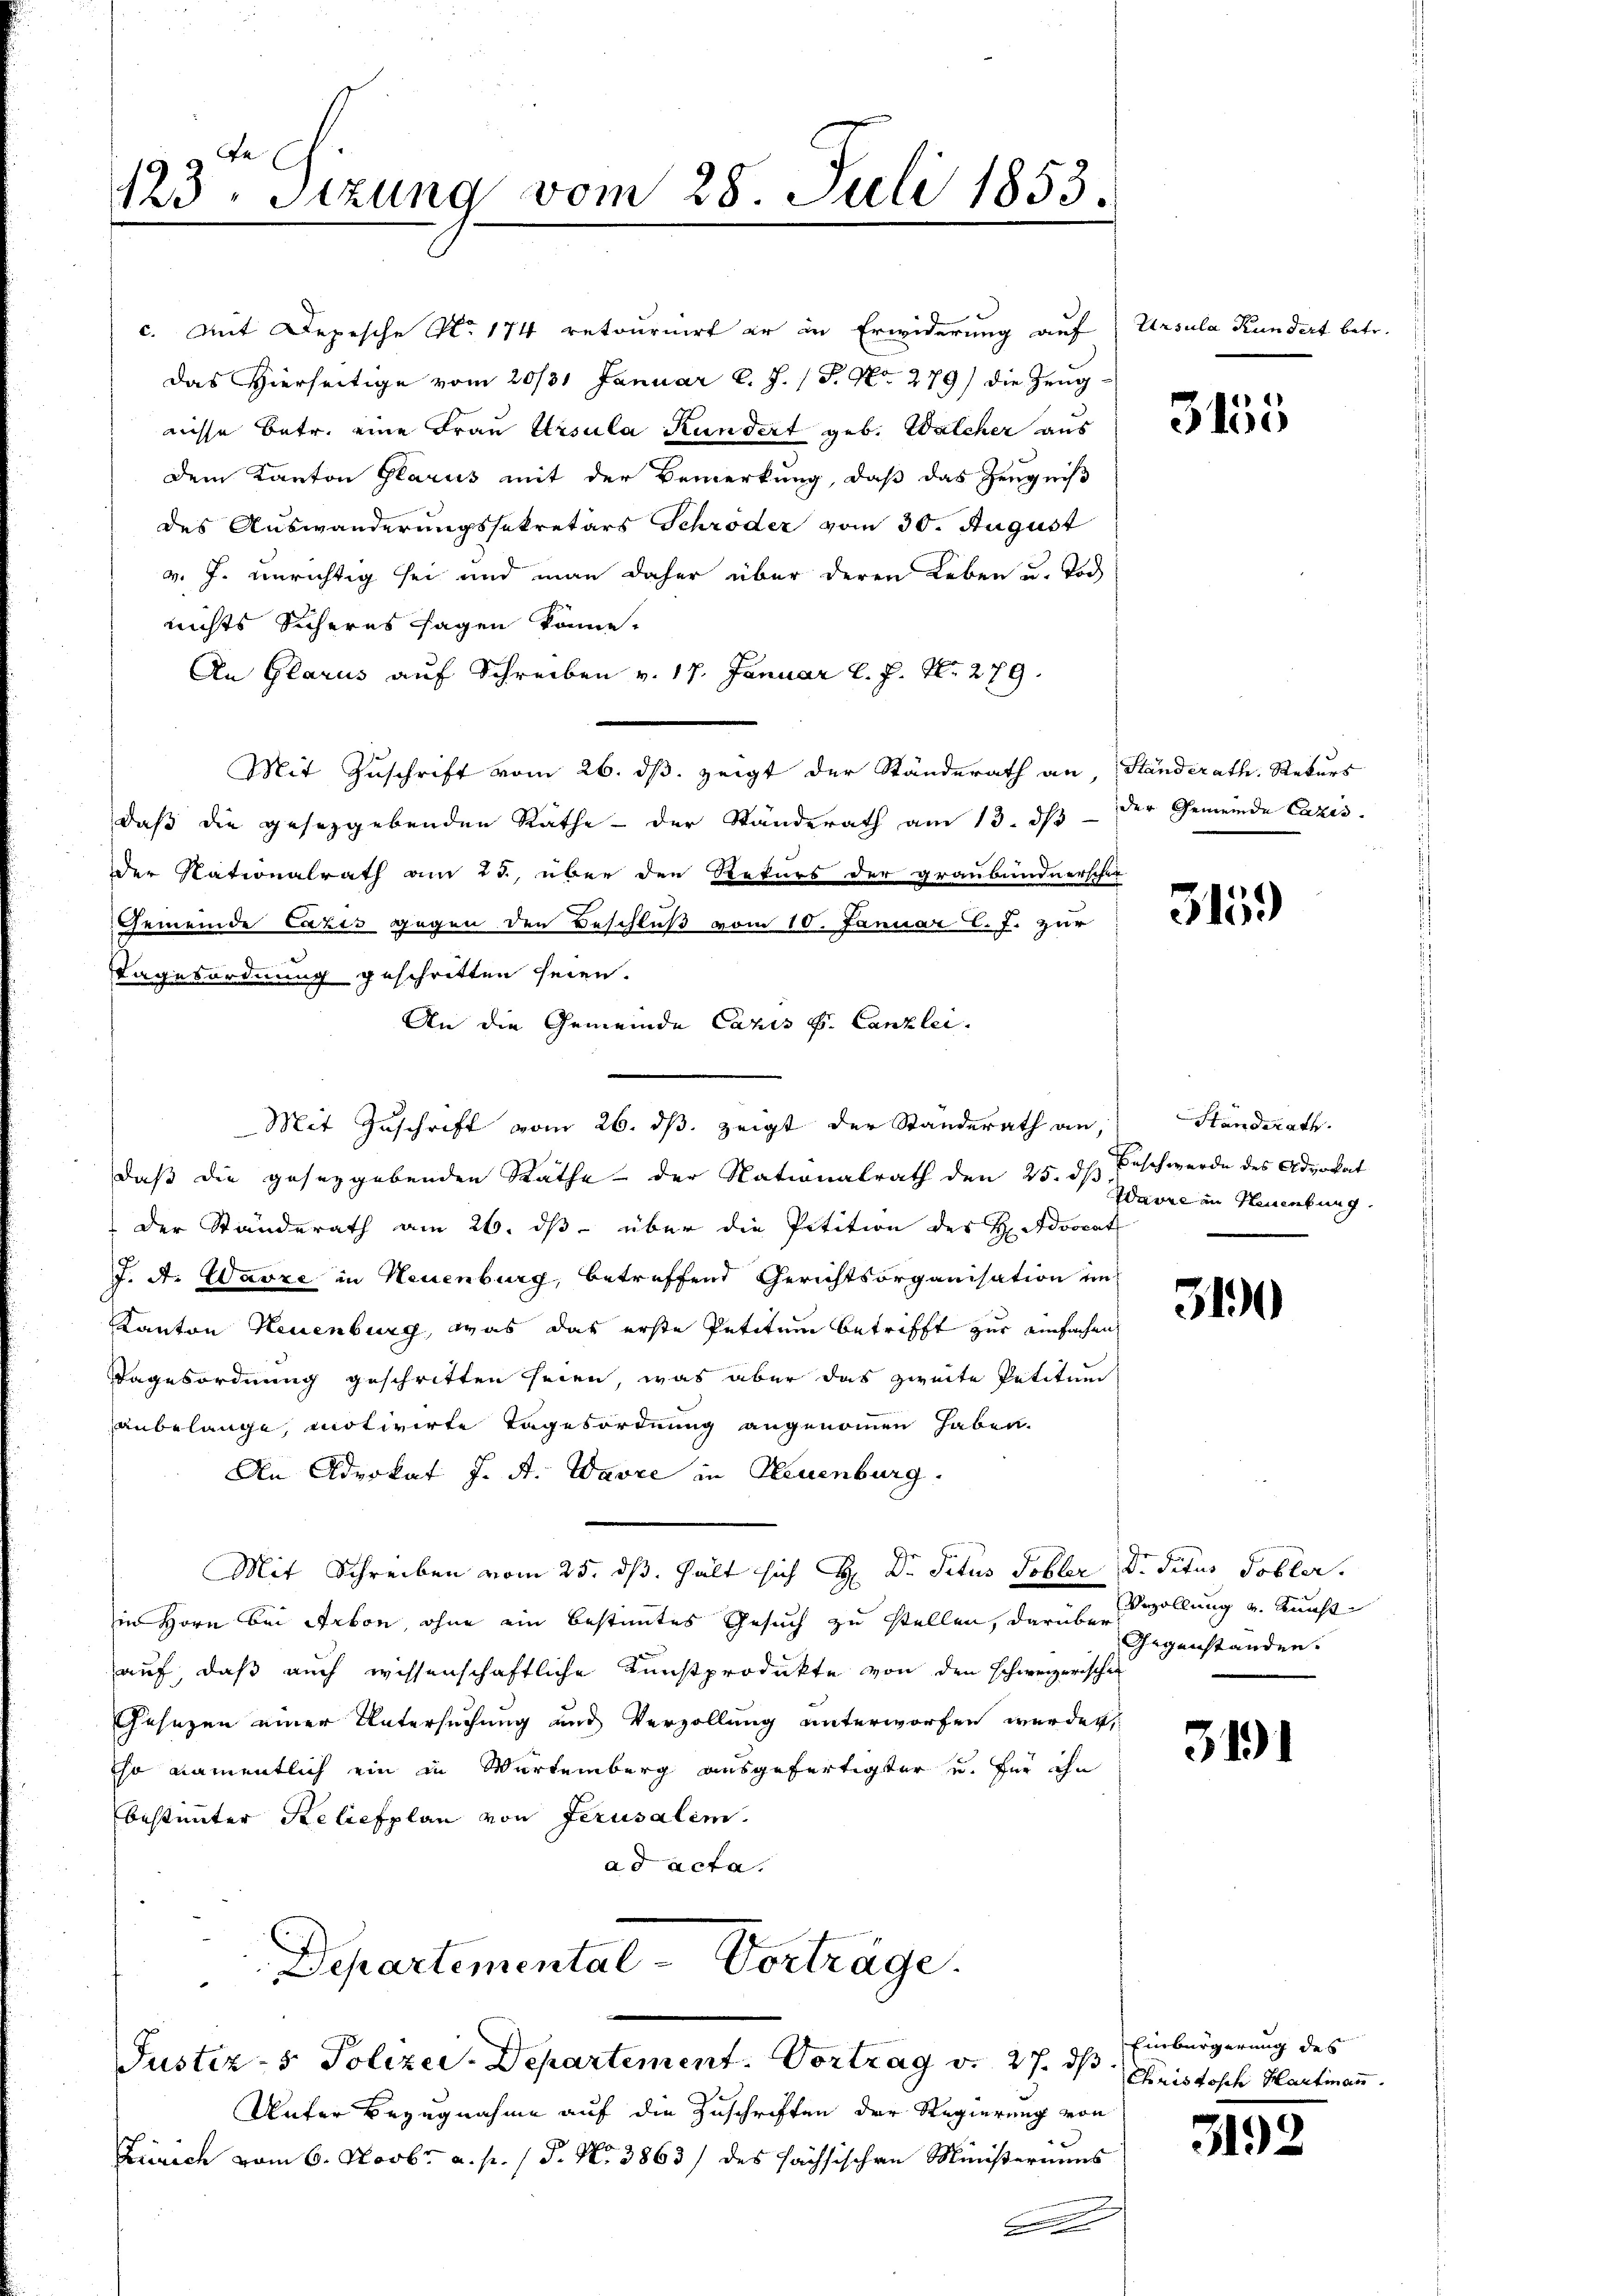
123. Sizung vom 28. Juli 1853.

c. Mit Depesche No 174 retournirt er in Erwiderung auf Ursula Kundert betr.
Das Hierseitige vom 20/31 Januar l. J. P. Nr. 279) die Zeug-
nisse Betr. eine Frau Ursula Kundert geb. Walcher aus
Dem Kanton Glarus mit der Bemerkung, daß das Zeugniß
des Auswanderungssekretärs Schröder vom 30. August
v. J. unrichtig sei und man daher über deren Leben u. Tode
nichts Sicheres sagen könne.
An Glarus auf Schreiben v. 17. Januar l. J. N. 279.
Mit Zuschrift vom 26. ds. zeigt der Ständerath an, Ständerath. Rekurs
daß die gesetzgebenden Räthe - der Ständerath am 13. dβ der Gemeinde Cazis-
der Nationalrath am 23., über den Rekurs der graubündnerschie-
Gemeinde Cazis gegen den Beschluß vom 10. Januar l. J. zur
Tagesordnung geschritten seien.
An die Gemeinde Cazis H. Canzlei.
daß die geseggebenden Räthe der Nationalrath den 25. d. Beschwerde des Advokat
der Standerath am 26. dβ über die Petition des H Advocat
J. A. Warze in Neuenburg, betreffend Gerichtsorganisation im
Kanton Neuenburg, was das erste Petitum betrifft zur einfachen
Tagesordnung geschritten seien, was aber das zweite Petitum
anbelange, motivirte Tagesordnung angenommen haben.
An Advokat J. A. Warre in Neuenburg.
Mit Schreiben vom 25. dß. hält sich H: Dr. Titus Tobler d. Titus Tobler.
in Horn bei Arbon, ohne ein bestimmtes Gesuch zu stellen, darüber
auf, daß auch wissenschaftliche Kunstprodukte von den schweizerischen
Gesetzen einer Untersuchung und Verzollung unterworfen werden,
so namentlich ein in Wartemberg ausgefertigter u. für ihn
bestimmter Reliefplan von Jerusalem
ad acta.
Departemental-Vorträge.
Justiz- & Polizei-Departement. Vortrag v. 27. ds Christische Hartmann
Unter Bezugnahme auf die Zuschriften der Regierung von
Zürich vom 6. Novbr. a. p. 1 S. Nr. 3863 / des sächsischen Ministeriums
A

Mit Zuschrift vom 26. ds. zeigt der Standerath an,

3155

315.

Handerath
Wavre in Heuebung

3190

Vezollung v. Kunst
Gegenstanden.

319

Einbürgerung des

3192